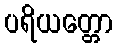
ပရိယတ္တော